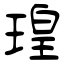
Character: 瑝